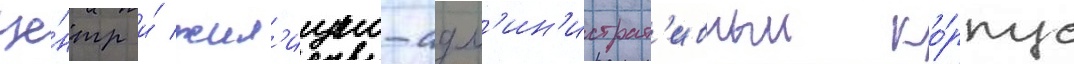
це́нтр и́ жил'ищно-адм'ин'истрат'ивныи ко́рпус